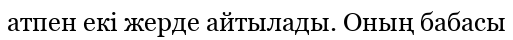
атпен екі жерде айтылады. Оның бабасы